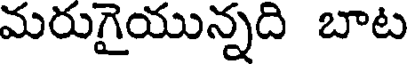
మరుగైయున్నది బాట